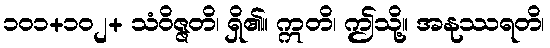
၁၀၁+၁၀၂+ သံဝိဇ္ဇတိ၊ ရှိ၏။ ဣတိ၊ ဤသို့။ အနုဿရတိ၊